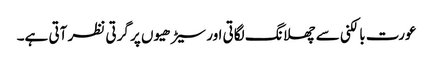
عورت بالکنی سے چھلانگ لگاتی اور سیڑھیوں پر گرتی نظر آتی ہے۔